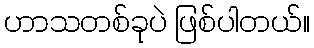
ဟာသတစ်ခုပဲ ဖြစ်ပါတယ်။